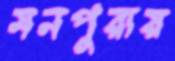
মনপুরায়